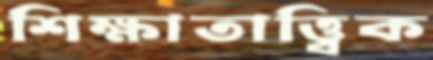
শিক্ষাতাত্ত্বিক